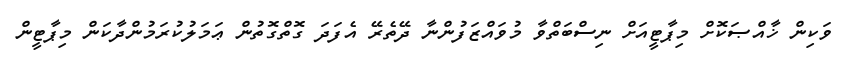
ވަކިން ޚާއްޞަކޮށް މިޕާޓީއަށް ނިސްބަތްވާ މުވައްޒަފުންނާ ދޭތެރޭ އެފަދަ ގޮތްގޮތުން ޢަމަލުކުރަމުންދާކަން މިޕާޓީން